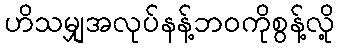
ဟိသမျှအလုပ်နန့်ဘဝကိုစွန့်လို့